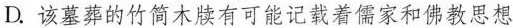
D.该墓葬的竹简木牍有可能记载着儒家和佛教思想